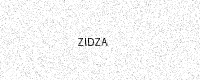
Text: ZIDZA